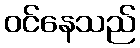
ဝင်နေသည်